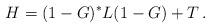
LaTeX: \begin{align*}H &= (1-G)^* L (1-G) + T \,. \end{align*}